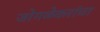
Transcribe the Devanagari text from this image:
जोगळेकरांचा